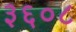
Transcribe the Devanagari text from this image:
३६०८